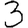
Digit: 3